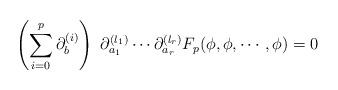
LaTeX: \begin{align*}\left( \sum\limits^p_{i=0} \partial^{(i)}_b \right) \, \,\partial^{(l_1)}_{a_1} \cdots \partial^{(l_r)}_{a_r} F_p( \phi, \phi, \cdots, \phi) = 0\end{align*}